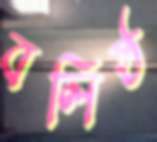
বলিষ্ঠ